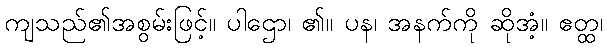
ကျသည်၏အစွမ်းဖြင့်။ ပါဌော၊ ၏။ ပန၊ အနက်ကို ဆိုအံ့။ ဧတ္ထ၊